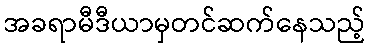
အခရာမီဒီယာမှတင်ဆက်နေသည့်